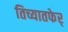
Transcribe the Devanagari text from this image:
तिच्यातफेर्